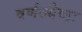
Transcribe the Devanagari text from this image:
वर्णज्येष्ठः